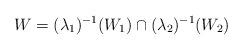
LaTeX: \begin{align*}W=(\lambda_1)^{-1}(W_1)\cap (\lambda_2)^{-1}(W_2)\end{align*}